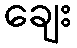
ချေး